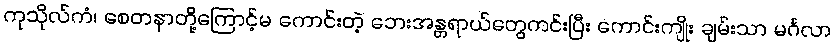
ကုသိုလ်ကံ၊ စေတနာတို့ကြောင့်မ ကောင်းတဲ့ ဘေးအန္တရာယ်တွေကင်းပြီး ကောင်းကျိုး ချမ်းသာ မင်္ဂလာ